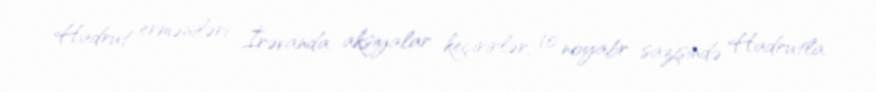
Hadrut erməniləri İrəvanda aksiyalar keçirirlər, 10 noyabr sazişində Hadrutla